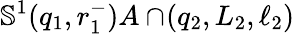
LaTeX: \mathbb{S}^{1}(q_{1},r_{1}^{-})A\cap\! \left(q_{2},L_{2},\ell_{2}\right)